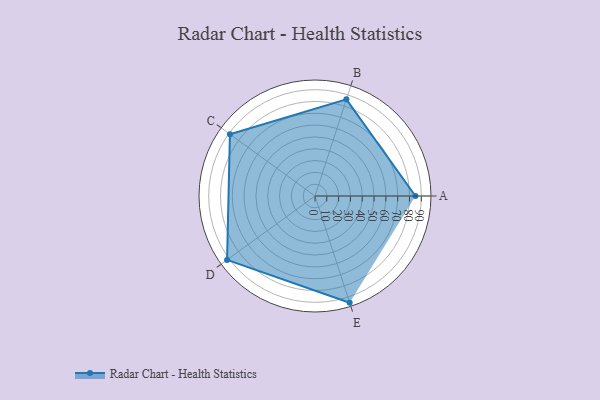
{"axis": {"x": "Skill", "y": "Score"}, "legend": ["Profile"], "data": [{"x": "A", "y": 85.0, "type": "Profile"}, {"x": "B", "y": 86.0, "type": "Profile"}, {"x": "C", "y": 89.0, "type": "Profile"}, {"x": "D", "y": 92.0, "type": "Profile"}, {"x": "E", "y": 95.0, "type": "Profile"}]}